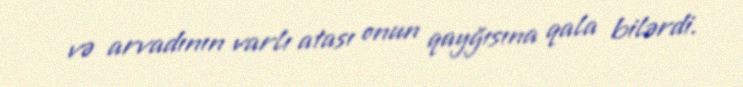
və arvadının varlı atası onun qayğısına qala bilərdi.